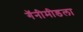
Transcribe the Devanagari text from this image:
गॅनीमीडला